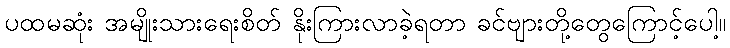
ပထမဆုံး အမျိုးသားရေးစိတ် နိုးကြားလာခဲ့ရတာ ခင်ဗျားတို့တွေကြောင့်ပေါ့။